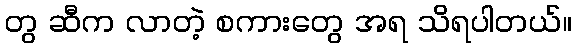
တွ ဆီက လာတဲ့ စကားတွေ အရ သိရပါတယ်။